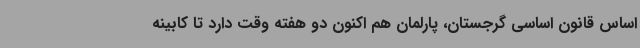
اساس قانون اساسی گرجستان، پارلمان هم اکنون دو هفته وقت دارد تا کابینه